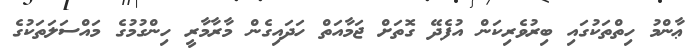
ޢާންމު ހިތްތަކުގައި ބިރުވެރިކަން އުފެދޭ ގޮތަށް ޖަމާއަތް ހަދައިގެން މާރާމާރީ ހިންގުމުގެ މައްސަލަތަކުގެ